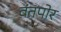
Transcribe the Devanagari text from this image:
वंतपोर